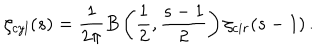
LaTeX: \zeta _ { c y l } ( s ) = \frac { 1 } { 2 \pi } B \left( \frac { 1 } { 2 } , \frac { s - 1 } { 2 } \right) \zeta _ { c i r } ( s - 1 ) \, { . }